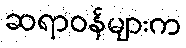
ဆရာဝန်များက